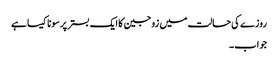
روزے کی حالت میں زوجین کا ایک بستر پر سونا کیسا ہے
جواب۔